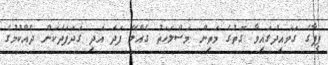
ފީފާގެ ގަވައިދުގައިވާ ގޮތުގެ މަތިން މަސްލަހަތު ގެއްލޭ ފަދަ އަދި ގަދަފަދަކަން ދެއްކުމުގެ